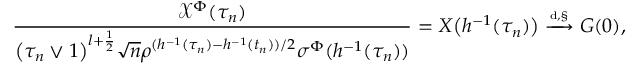
\frac { \mathcal { X } ^ { \Phi } ( \tau _ { n } ) } { \big ( \tau _ { n } \vee 1 \big ) ^ { l + \frac 1 2 } \sqrt n \rho ^ { ( h ^ { - 1 } ( \tau _ { n } ) - h ^ { - 1 } ( t _ { n } ) ) / 2 } \sigma ^ { \Phi } ( h ^ { - 1 } ( \tau _ { n } ) ) } = X \big ( h ^ { - 1 } ( \tau _ { n } ) \big ) \xrightarrow { \scriptscriptstyle { \mathrm { d } , \S } } G ( 0 ) ,